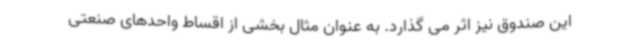
این صندوق نیز اثر می گذارد. به عنوان مثال بخشی از اقساط واحدهای صنعتی